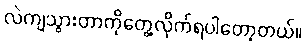
လဲကျသွားတာကိုတွေ့လိုက်ရပါတော့တယ်။